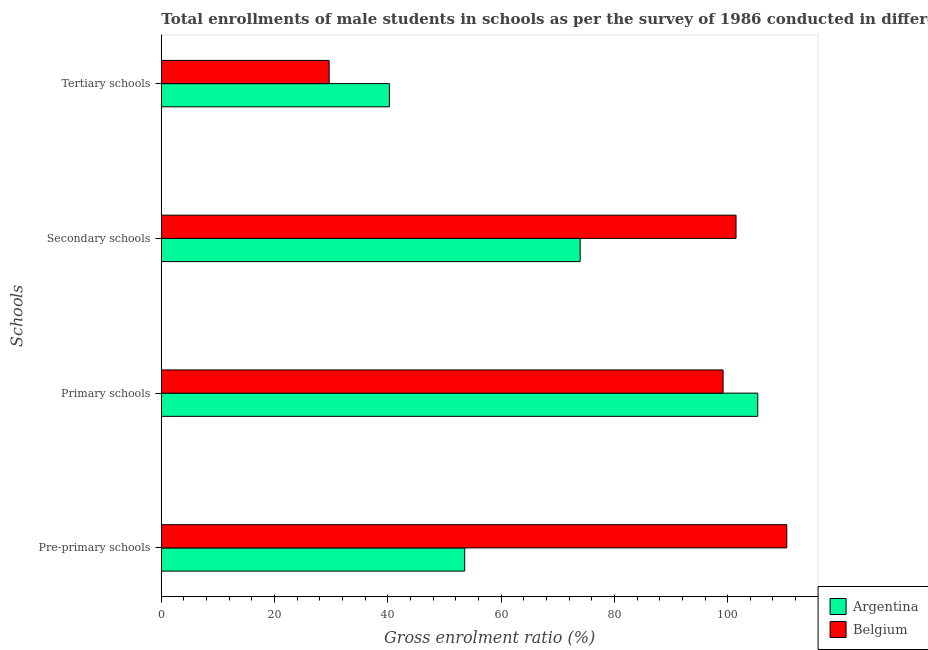
| Schools | Argentina | Belgium |
 | --- | --- | --- |
 | Pre-primary schools | 53.6 | 110 |
 | Primary schools | 105 | 99.2 |
 | Secondary schools | 74 | 101 |
 | Tertiary schools | 40.3 | 29.6 |